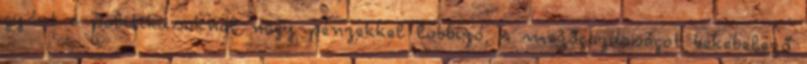
gyárt a politikusoknál nagy pénzekkel lobbizó, a mezőgazdaságot bekebelező